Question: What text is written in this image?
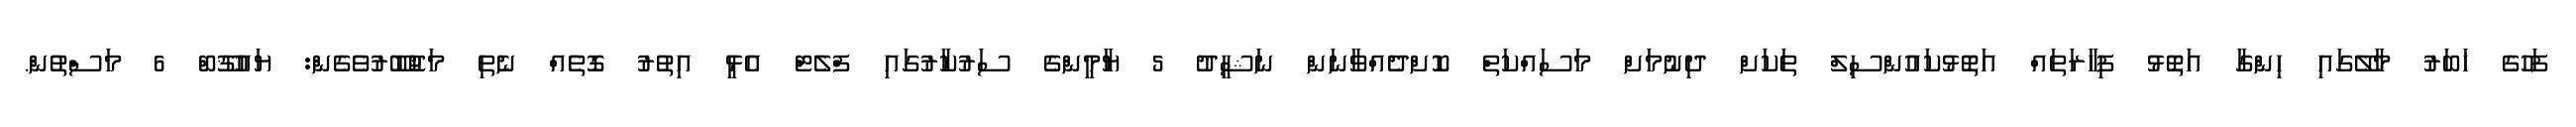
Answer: ފަހުގެ ޚަބަރު މާލޭގައި ހިންގާ އަތޮޅު ފިހާރަތައް އަތޮޅުކައުންސިލް ތަކަށް ދިނުމަށް މަސައްކަތް ކޮށްދެއްވާނަން ނަޝީދު 5 ޔާމީންގެ ސަރުކާރުގައި ފްލެޓް އެޅީ އިތުރު ގޮތެއް ނެތި މަޖުބޫރުވެގެން: ޔައުޤޫބް 6 މަސްތުން.